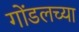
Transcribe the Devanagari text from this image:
गोंडलच्या